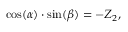
\cos ( \alpha ) \cdot \sin ( \beta ) = - Z _ { 2 } ,